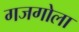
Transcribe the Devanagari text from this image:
गजगोला